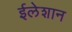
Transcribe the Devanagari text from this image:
ईलेशान